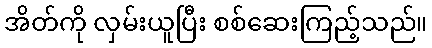
အိတ်ကို လှမ်းယူပြီး စစ်ဆေးကြည့်သည်။